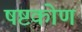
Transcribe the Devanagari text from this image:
षष्टकोण